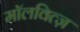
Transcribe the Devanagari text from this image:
मॉलवित्ज़